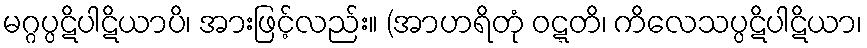
မဂ္ဂပ္ပဋိပါဋိယာပိ၊ အားဖြင့်လည်း။ (အာဟရိတုံ ဝဋ္ဋတိ၊ ကိလေသပ္ပဋိပါဋိယာ၊